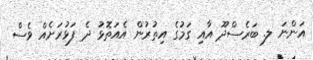
އަންނަ ލ. ބަރެސްދޫ އާއި ގަމުގެ އިތުރުން އެއަތޮޅު ދެ ފަޅުރަށެއް ވެސް